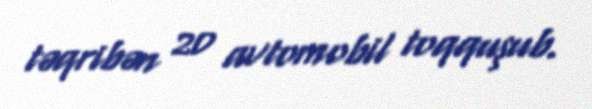
təqribən 20 avtomobil toqquşub.